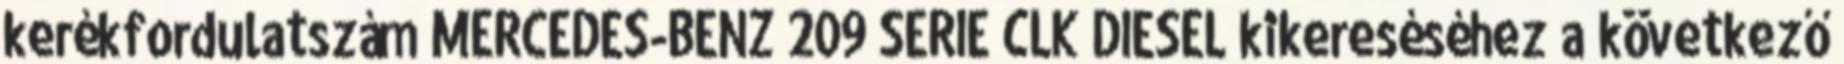
kerékfordulatszám MERCEDES-BENZ 209 SERIE CLK DIESEL kikereséséhez a következő